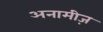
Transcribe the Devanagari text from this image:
अनामीज़